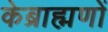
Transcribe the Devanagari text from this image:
केब्राह्मणों